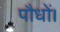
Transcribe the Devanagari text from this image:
पौधों।